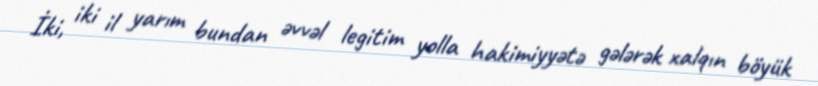
İki, iki il yarım bundan əvvəl legitim yolla hakimiyyətə gələrək xalqın böyük